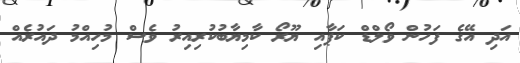
އަދި އޭގެ ފަހުން ވޯލްޑް ކަޕާއި ޔޫރޯ ކާމިޔާބުކުރިއިރު ވެސް މުހިއްމު ދައުރެއް